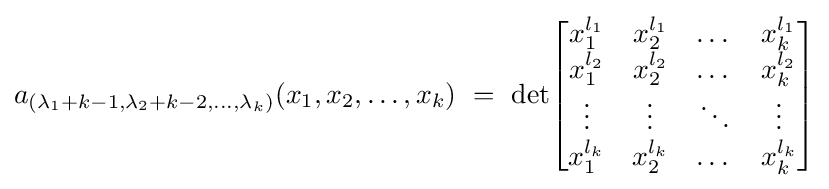
a_{(\lambda _{1}+k-1,\lambda _{2}+k-2,\dots ,\lambda _{k})}(x_{1},x_{2},\dots ,x_{k})\ =\ \det \!\left[{\begin{matrix}x_{1}^{l_{1}}&x_{2}^{l_{1}}&\dots &x_{k}^{l_{1}}\\x_{1}^{l_{2}}&x_{2}^{l_{2}}&\dots &x_{k}^{l_{2}}\\\vdots &\vdots &\ddots &\vdots \\x_{1}^{l_{k}}&x_{2}^{l_{k}}&\dots &x_{k}^{l_{k}}\end{matrix}}\right]